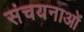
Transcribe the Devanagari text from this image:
संचयनाओं